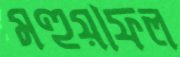
মহুয়াফল